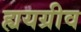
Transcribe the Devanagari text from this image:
ह्ययग्रीव